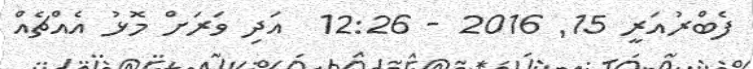
ފެބްރުއަރީ 15